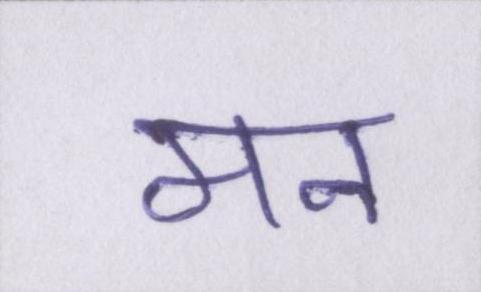
मन